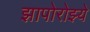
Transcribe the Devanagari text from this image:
झापोरोझ्ये